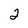
Character: 2